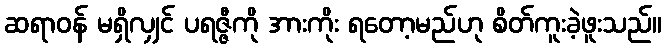
ဆရာဝန် မရှိလျှင် ပရဇ္ဇီကို အားကိုး ရတော့မည်ဟု စိတ်ကူးခဲ့ဖူးသည်။